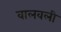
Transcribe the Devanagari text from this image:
वालवली